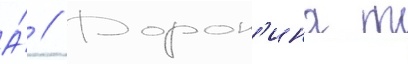
А́ // Дорон'ина т